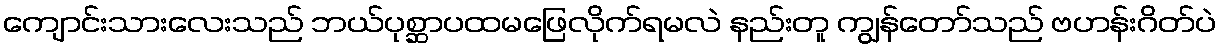
ကျောင်းသားလေးသည် ဘယ်ပုစ္ဆာပထမဖြေလိုက်ရမလဲ နည်းတူ ကျွန်တော်သည် ဗဟန်းဂိတ်ပဲ